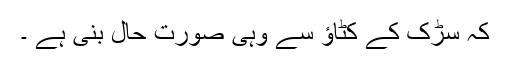
کہ سڑک کے کٹاؤ سے وہی صورت حال بنی ہے ۔